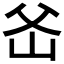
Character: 𤕏